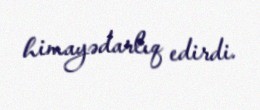
himayədarlıq edirdi.